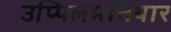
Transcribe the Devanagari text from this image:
उप्पिलमनियार